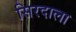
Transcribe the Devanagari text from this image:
सिरदाला